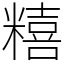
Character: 糦